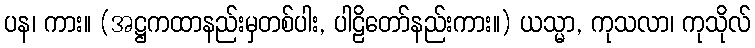
ပန၊ ကား။ (အဋ္ဌကထာနည်းမှတစ်ပါး, ပါဠိတော်နည်းကား။) ယသ္မာ, ကုသလာ၊ ကုသိုလ်